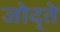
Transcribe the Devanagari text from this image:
जोद्ते